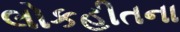
લોકહીતના